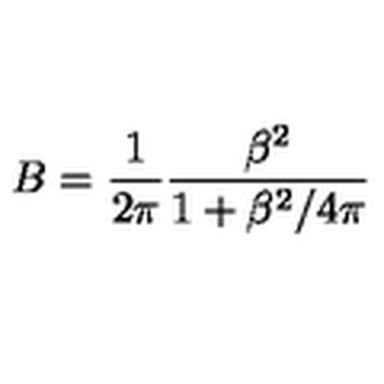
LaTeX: B = \frac { 1 } { 2 \pi } \frac { \beta ^ { 2 } } { 1 + \beta ^ { 2 } / 4 \pi }